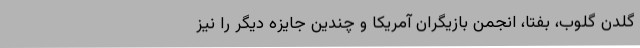
گلدن گلوب، بفتا، انجمن بازیگران آمریکا و چندین جایزه دیگر را نیز